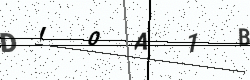
Text: DI0A1B